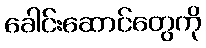
ခေါင်းဆောင်တွေကို